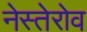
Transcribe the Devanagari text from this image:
नेस्तेरोव